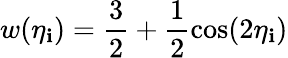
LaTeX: w(\eta_{\mathbf{i}})=\frac{{3}}{{2}}+\frac{{1}}{{2}}\cos(2\eta_{\mathbf{i}})